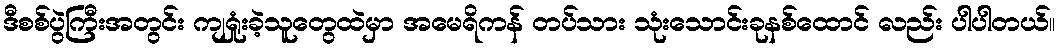
ဒီစစ်ပွဲကြီးအတွင်း ကျရှုံးခဲ့သူတွေထဲမှာ အမေရိကန် တပ်သား သုံးသောင်းခုနစ်ထောင် လည်း ပါပါတယ်။